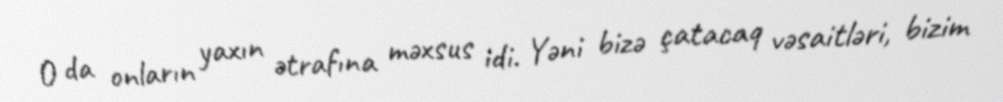
O da onların yaxın ətrafına məxsus idi. Yəni bizə çatacaq vəsaitləri, bizim